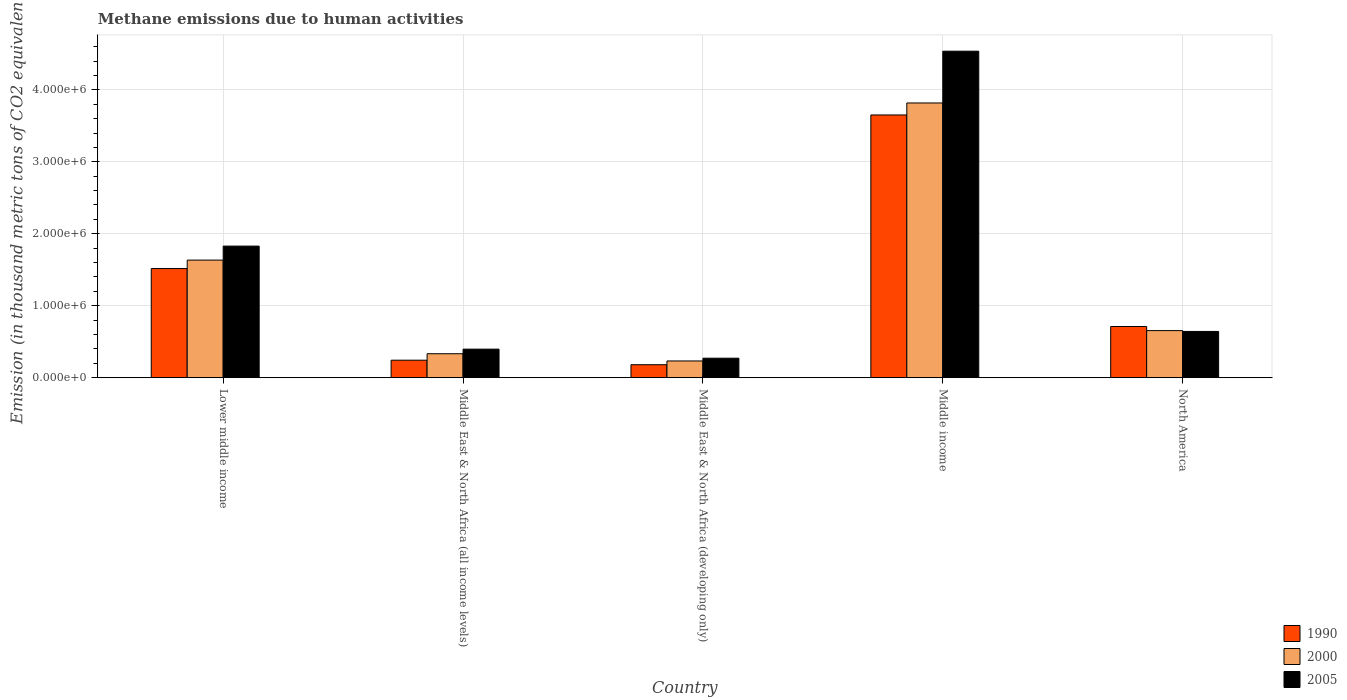
| Country | 1990 | 2000 | 2005 |
 | --- | --- | --- | --- |
 | Lower middle income | 1.52e+06 | 1.63e+06 | 1.83e+06 |
 | Middle East & North Africa (all income levels) | 2.43e+05 | 3.33e+05 | 3.96e+05 |
 | Middle East & North Africa (developing only) | 1.8e+05 | 2.32e+05 | 2.71e+05 |
 | Middle income | 3.65e+06 | 3.82e+06 | 4.54e+06 |
 | North America | 7.11e+05 | 6.54e+05 | 6.42e+05 |